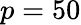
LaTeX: p=50